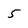
Character: 5